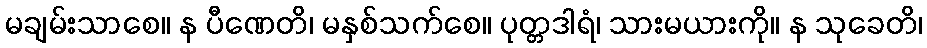
မချမ်းသာစေ။ န ပီဏေတိ၊ မနှစ်သက်စေ။ ပုတ္တဒါရံ၊ သားမယားကို။ န သုခေတိ၊